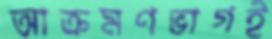
আক্রমণভাগই